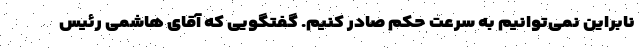
نابراین نمی‌توانیم به سرعت حکم صادر کنیم. گفتگویی که آقای هاشمی رئیس